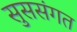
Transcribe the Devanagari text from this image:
सुससंगत